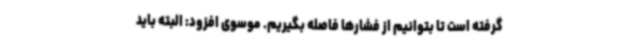
گرفته است تا بتوانیم از فشارها فاصله بگیریم. موسوی افزود: البته باید